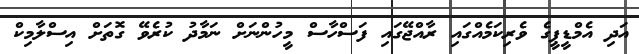
އަދި އެމްޑީޕީގެ ވެރިކަމެއްގައި ރާއްޖޭގައި ފަސްހާސް މީހުންނަށް ނަމާދު ކުރެވޭ ގޮތަށް އިސްލާމިކް